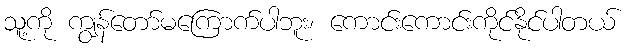
သူ့ကို ကျွန်တော်မကြောက်ပါဘူး၊ ကောင်းကောင်းကိုင်နိုင်ပါတယ်